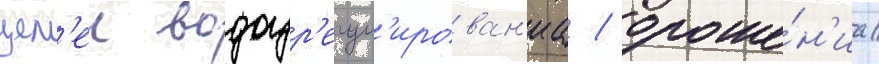
цел'еи водоур'егул'ирован'иа / ороше́н'иа